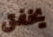
يخفق